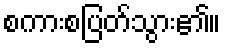
စကားစပြတ်သွား၏။